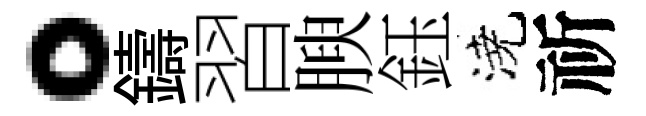
。鑄習腴鈺澆祈